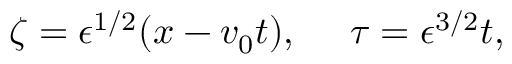
\zeta = \epsilon ^ { 1 / 2 } ( x - v _ { 0 } t ) , ~ ~ ~ ~ \tau = \epsilon ^ { 3 / 2 } t ,